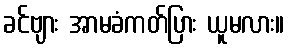
ခင်ဗျား အာမခံကတ်ပြား ယူမလား။